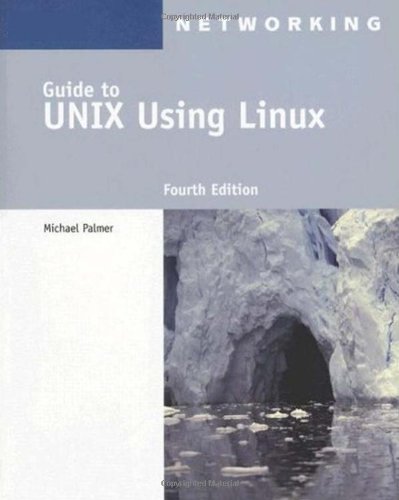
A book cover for Guide to UNIX Using Linux (Networking (Course Technology)); Michael Palmer; Computers & Technology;